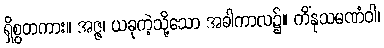
ရှိစွတကား။ အဇ္ဇ၊ ယခုကဲ့သို့သော အခါကာလ၌။ ကိံနုသမဏံဝါ၊